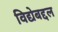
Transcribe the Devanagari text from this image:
विद्येबद्दल